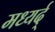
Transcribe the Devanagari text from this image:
मध्यर्द्